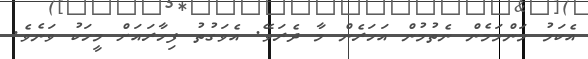
އެކަމު މަންމަމެން ނެތުމުން އަހަރެން މާ ދެރަވޭ. އެވަގުތު ފިހާރައަށް މީހަކު ވަނެވެ.